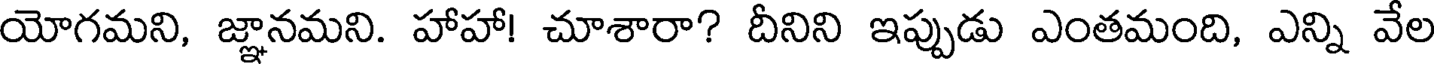
యోగమని, జ్ఞానమని. హాహా! చూశారా? దీనిని ఇప్పుడు ఎంతమంది, ఎన్ని వేల